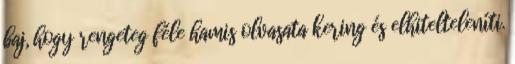
baj, hogy rengeteg féle hamis olvasata kering és elhitelteleníti.